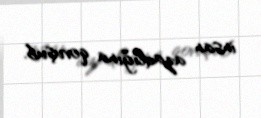
insan azadlığına qovuşub.